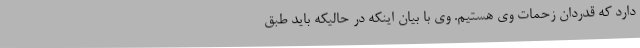
دارد که قدردان زحمات وی هستیم. وی با بیان اینکه در حالیکه باید طبق